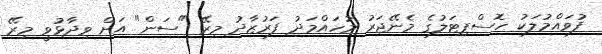
ފުވައްމުލަކު ހޮސްޕިޓަލުގެ މެނޭޖަރު މުހައްމަދު ފަރުޒާދު މިރޭ "ސަން" އަށް ވިދާޅުވީ މިރޭ